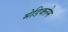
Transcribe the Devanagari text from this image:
मेडिक्लेम